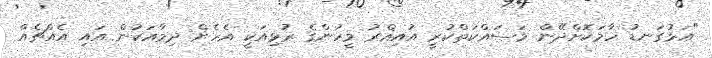
"އަޅުގަނޑު ހާމަކޮށްދޭން މަސައްކަތްކުރީ އުއިޣްރު މީހުންގެ ރުޅިއަކީ އެހެން ދިމާއަކުން އައި އެއްޗެއް